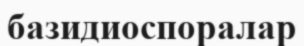
базидиоспоралар